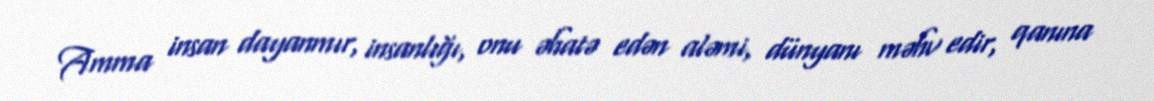
Amma insan dayanmır, insanlığı, onu əhatə edən aləmi, dünyanı məhv edir, qanına